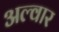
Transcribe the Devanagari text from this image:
अल्वार